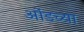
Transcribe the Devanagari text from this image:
ओंडच्या